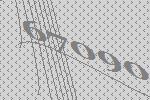
67090